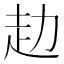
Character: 赲